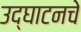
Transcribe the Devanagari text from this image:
उद्घाटनचे